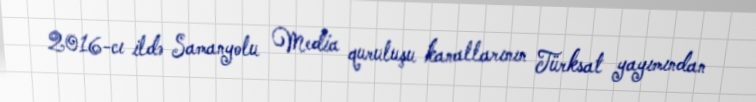
2016-cı ildə Samanyolu Media quruluşu kanallarının Türksat yayımından